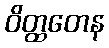
ဝိတ္ထတေန